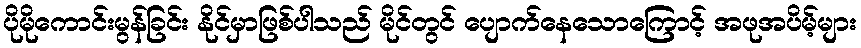
ပိုမိုကောင်းမွန်ခြင်း နိုင်မှာဖြစ်ပါသည် မိုင်တွင် ပျောက်နေသောကြောင့် အဖုအပိမ့်များ